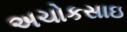
અચોકસાઇ